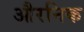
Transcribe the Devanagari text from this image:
औरनिक